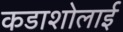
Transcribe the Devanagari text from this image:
कडाशोलाई